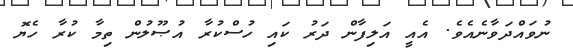
ނުވައްދަވާނެއެވެ. އެއީ އަލިފާން ދަރު ކައި ހުސްކުރާ އުޞޫލުން ތިމާ ކުރާ ހެޔޮ